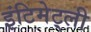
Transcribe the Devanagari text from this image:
इंटिमेट्ली